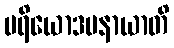
ပရိယောဒပနာယာတိ